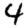
Digit: 4